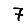
Digit: 7